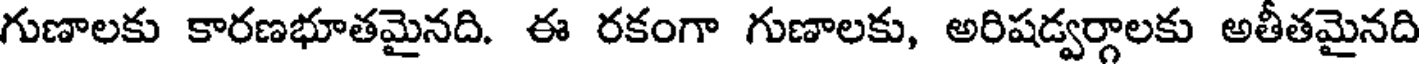
గుణాలకు కారణభూతమైనది. ఈ రకంగా గుణాలకు, అరిషడ్వర్గాలకు అతీతమైనది